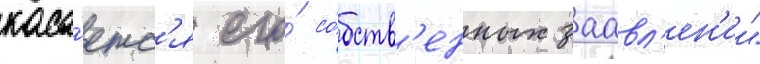
каса́етс'я его́ со́бств'енных заавл'ен'ии"